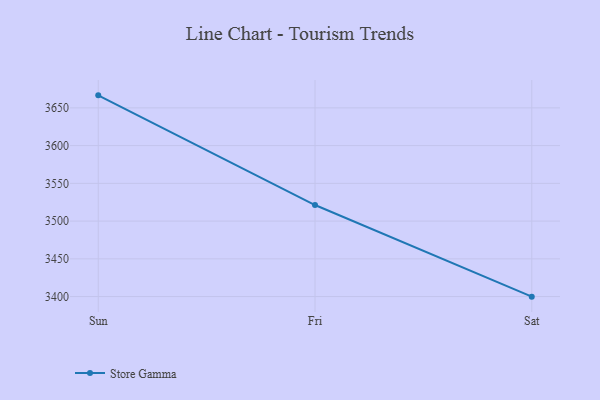
{"axis": {"x": "Day", "y": "Energy Usage (MWh)"}, "legend": ["Store Gamma"], "data": [{"x": "Sun", "y": 3666.6, "type": "Store Gamma"}, {"x": "Fri", "y": 3521.3, "type": "Store Gamma"}, {"x": "Sat", "y": 3399.9, "type": "Store Gamma"}]}